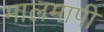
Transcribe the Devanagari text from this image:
मालमापी